Leaving Certificate, 1898
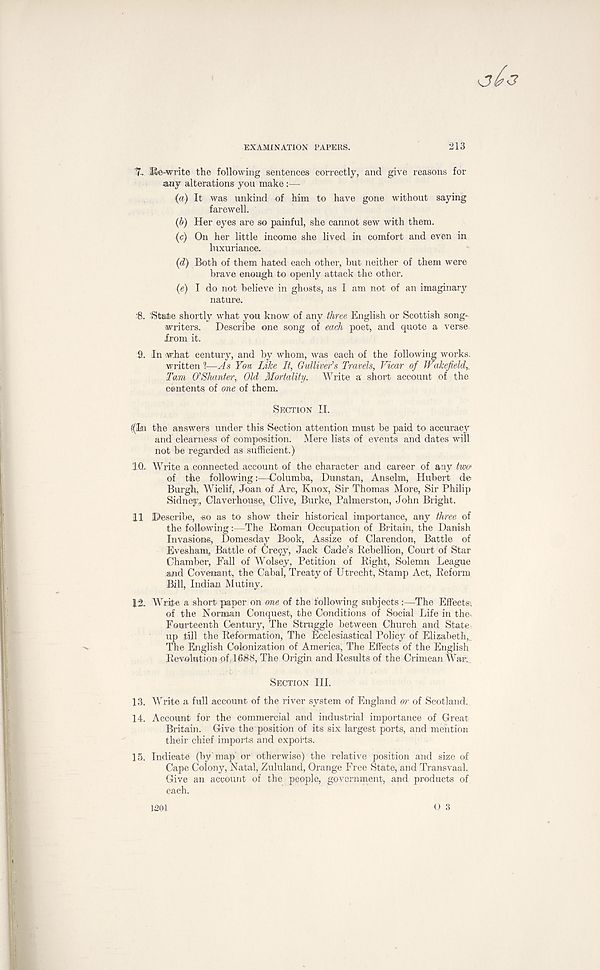
EXAMINATION PAPERS.
213
%. l^e-write the following sentences correctly, and give reasons for
any alterations you make:—
(a) It was unkind of him to have gone without saying
farewell.
(b) Her eyes are so painful, she cannot sew with them.
(c) On her little income she lived in comfort and even in
luxuriance.
(d) Both of them hated each other, but neither of them were
brave enough to openly attack the other.
(e) I do not believe in ghosts, as I am not of an imaginary
nature.
•8. State shortly what you know of any three English or Scottish song-
writers.
Describe one song of each poet, and quote a verse
from it.
9. In .what century, and by whom, was each of the following works,
written I—As Ym Like It, Gulliver's Travels, Vicar of Wakefield,,
Tam O'Shanter, Old Mortality. Write a short account of the
contents of one of them.
SECTION II.
{(I® the answers under this Section attention must be paid to accuracy
and clearness of composition. Mere lists of events and dates will
not be regarded as sufficient.)
f O.. Write a .connected account of the character and career of any two<
of the following:—Columba, Dunstan, Anselm, Hubert de
Burgh, Wiclif, Joan of Arc, Knox, Sir Thomas More, Sir Philip
Sidney., Claverhouse, Clive, Burke, Palmerston, John Bright.
ill Describe, ■so as to show their historical importance, any three of
the following:—The Roman Occupation of Britain, the Danish
Invasions, Domesday Book, Assize of Clarendon, Battle of
Evesham, Battle of Cre9y, Jack Cade’s Rebellion, Court of Star
Chamber, Fall of Wolsey, Petition of Right, Solemn League
and Covenant, the Cabal, Treaty of Utrecht, Stamp Act, Reform
Bill, Indian Mutiny.
12. Write a short paper on one of the following subjects :—The Effects-,
of the Norman Conquest, the Conditions of Social Life in the-.
Fourteenth Century, The Struggle between Church and State
up till the Reformation, The Ecclesiastical Policy of Elizabeth,
The English Colonization of America, The Effects of the English
Revolution of . 1688, The Origin and Results of the Crimean ’War.
SECTION HI.
13. Write a full account of the river system of England or of Scotland.
14. Account for the commercial and industrial importance of Great
Britain. Give the position of its six largest ports, and mention
their chief imports and exports.
15. Indicate (by map or otherwise) the relative position and size of
Cape Colony, Natal, Zululand, Orange Free State, and Transvaal.
Give an account of the people, government, and products of
each.
O 3
1201